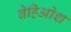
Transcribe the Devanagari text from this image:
बेहिओश